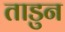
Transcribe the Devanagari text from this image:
ताडुन